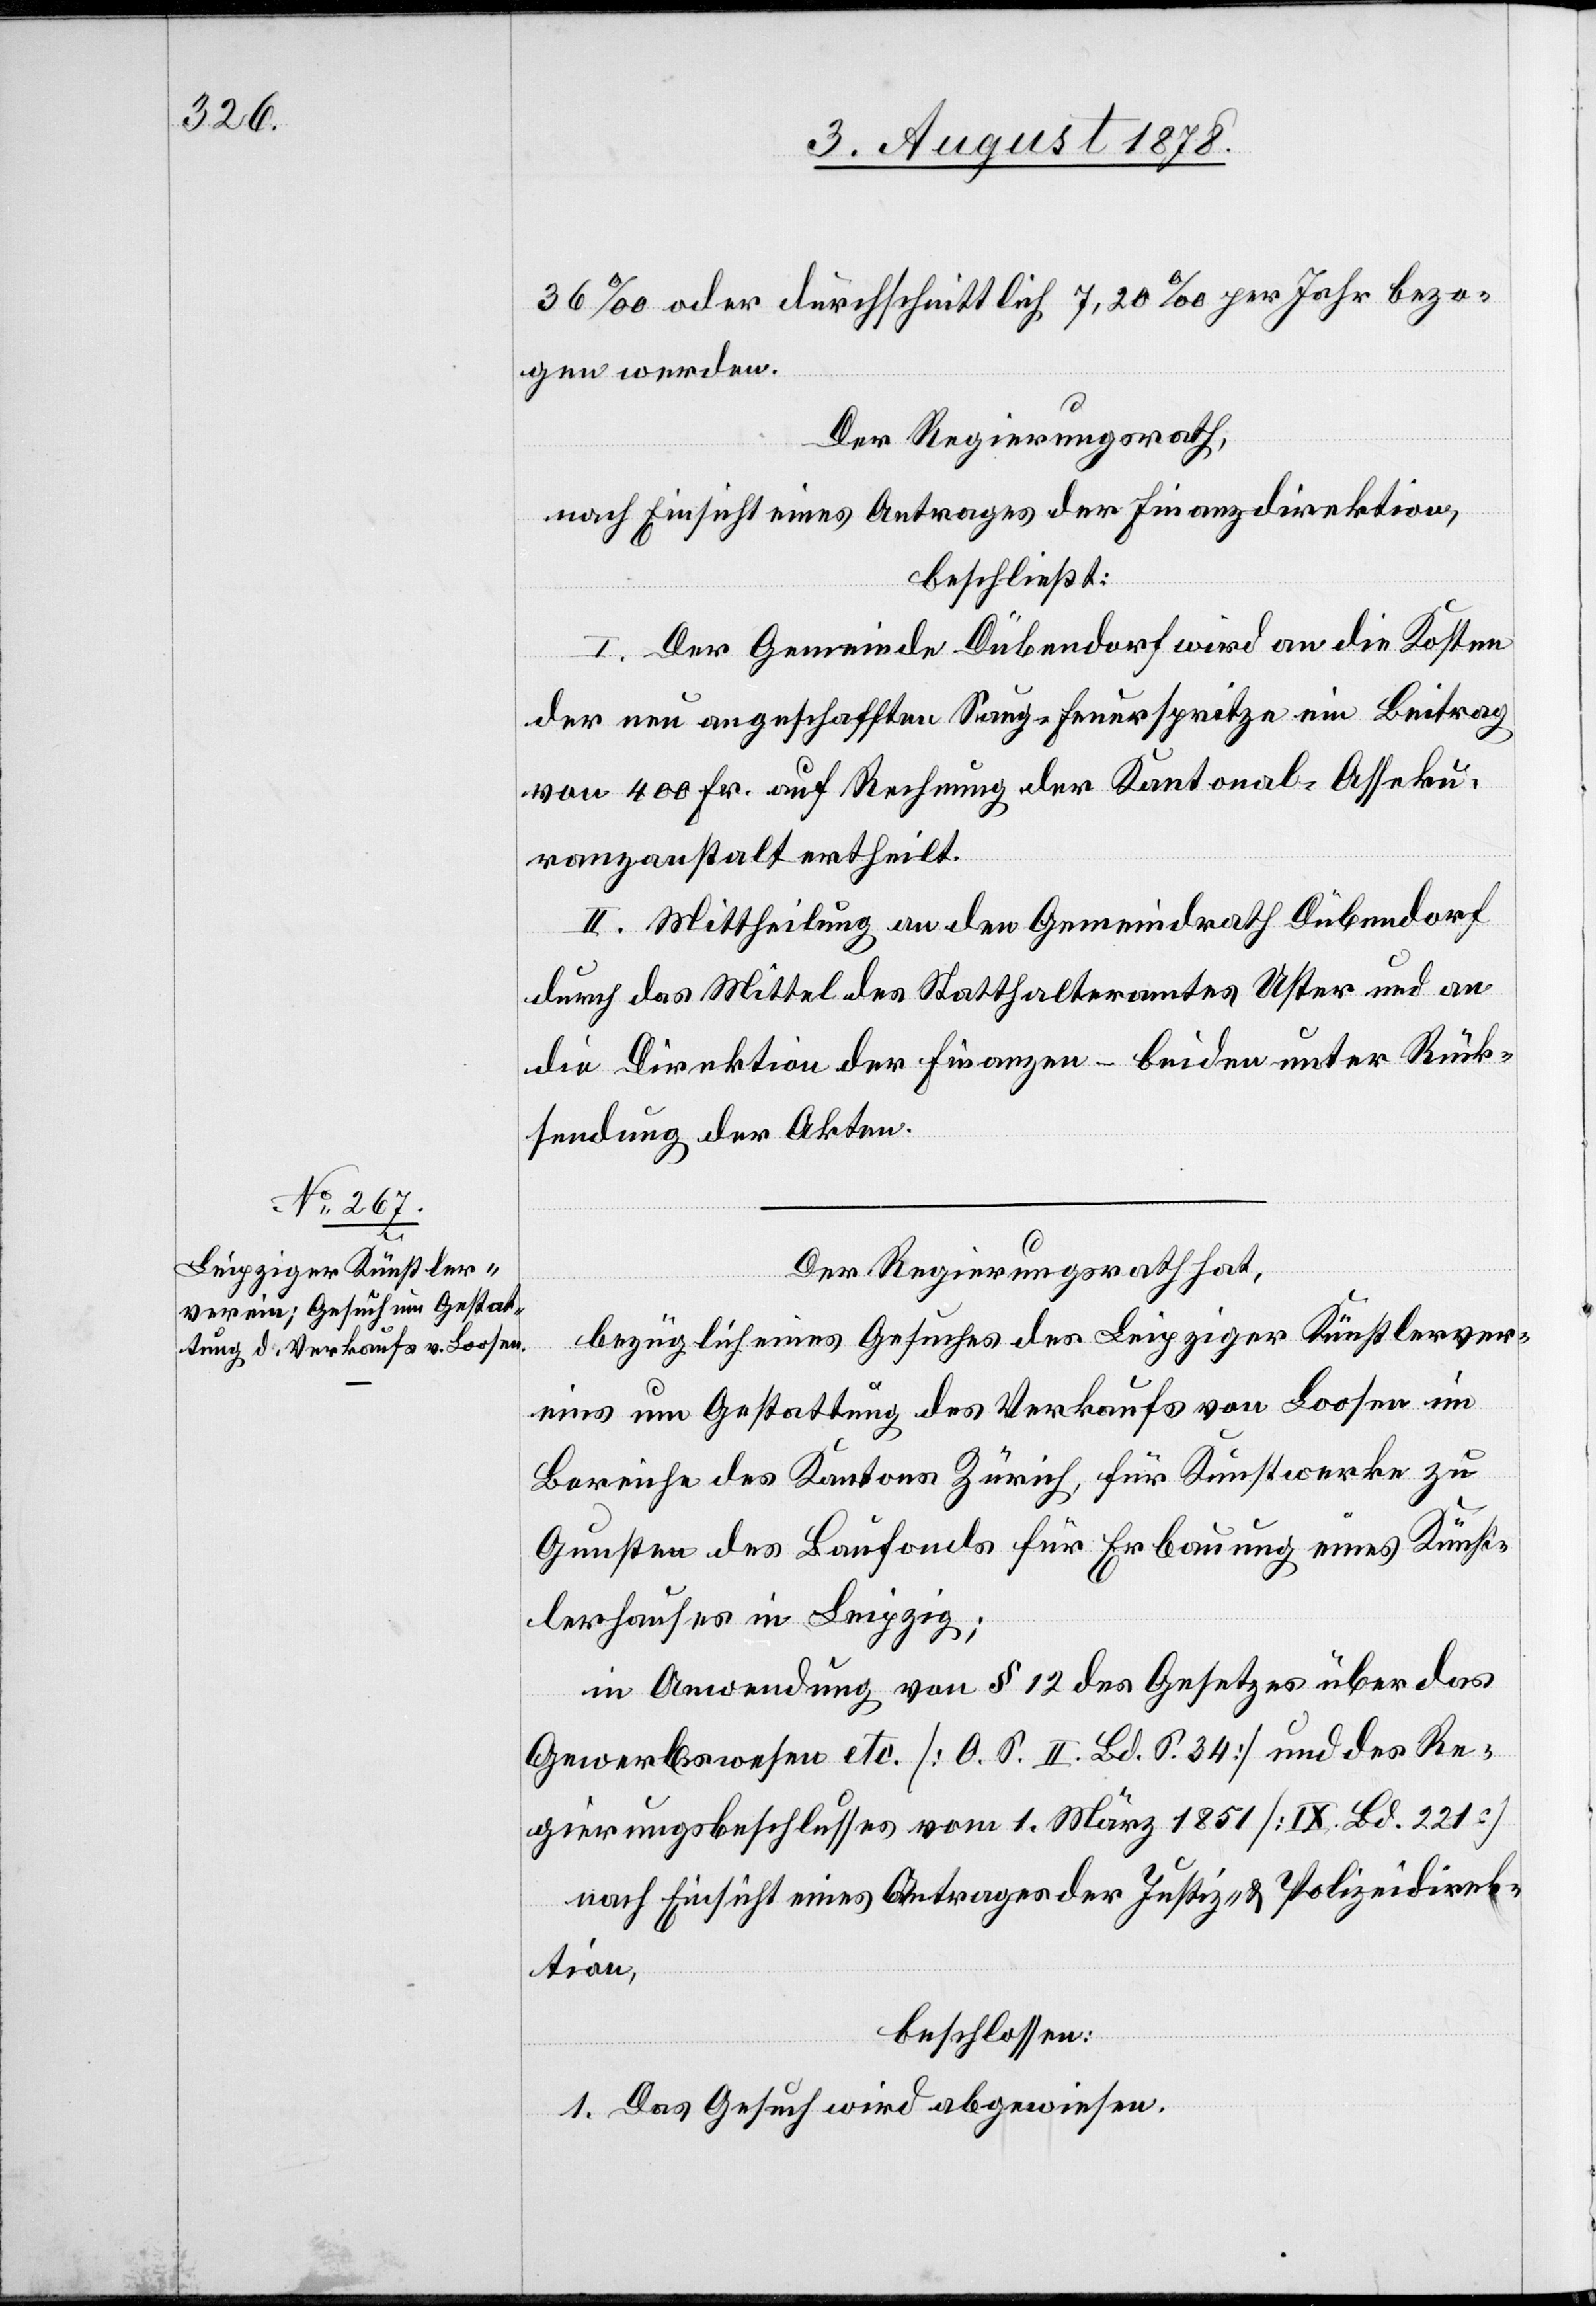
36 oder durchschnittlich 7,20‰ per Jahr bezo¬
gen werden.
Der Regierungsrath,
nach Einsicht eines Antrages der Finanzdirektion,
beschließt:
I. Der Gemeinde Dübendorf wird an die Kosten
der neu angeschafften Saug-Feuerspritze ein Beitrag
von 400 Fr. auf Rechnung der Kantonal-Asseku¬
ranzanstalt ertheilt.
II. Mittheilung an den Gemeindrath Dübendorf
durch das Mittel des Statthalteramtes Uster und an
die Direktion der Finanzen – beiden unter Rück¬
sendung der Akten.
Der Regierungsrath hat,
bezüglich eines Gesuches des Leipziger Künstlerver¬
eins um Gestattung des Verkaufs von Loosen im
[sic!] des Kantons Zürich, für Kunstwerke zu
Gunsten des Baufonds für Erbauung eines Künst¬
lerhauses in Leipzig;
in Anwendung von § 12 des Gesetzes über das
Gewerbewesen etc. [O. S. II. Bd. S. 34] und des Re¬
gierungsbeschlusses vom 1. März 1851 [IX. Bd. 221
nach Einsicht eines Antrages der Justiz- & Polizeidirek¬
tion,
beschlossen:
1. Das Gesuch wird abgewiesen.